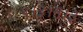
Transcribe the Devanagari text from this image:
९।३।१।३